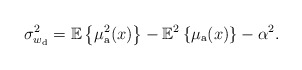
\begin{align*}\sigma_{w_{\rm d}}^2=\mathbb{E}\left\{\mu^2_{\rm a}(x)\right\}-\mathbb{E}^2\left\{\mu_{\rm a}(x)\right\}-\alpha^2.\end{align*}